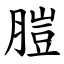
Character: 䐩